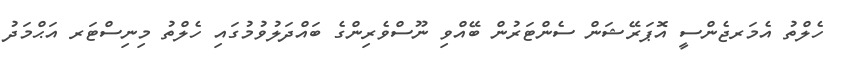
ހެލްތު އެމަރޖެންސީ އޮޕަރޭޝަން ސެންޓަރުން ބޭއްވި ނޫސްވެރިންގެ ބައްދަލުވުމުގައި ހެލްތު މިނިސްޓަރ އަޙްމަދު